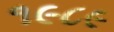
૧૯૮૯